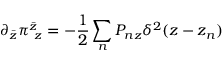
\partial _ { \bar { z } } \pi _ { ~ z } ^ { \bar { z } } = - \frac { 1 } { 2 } \sum _ { n } P _ { n z } \delta ^ { 2 } ( z - z _ { n } )